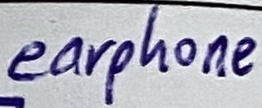
Text: earphone